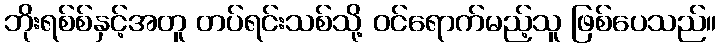
ဘိုးရစ်စ်နှင့်အတူ တပ်ရင်းသစ်သို့ ဝင်ရောက်မည့်သူ ဖြစ်ပေသည်။